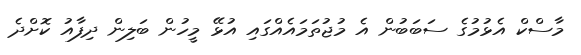
މާސްކް އެޅުމުގެ ސަބަބުން އެ މުޖުތަމައެއްގައި އުޅޭ މީހުން ބަލިން ދިފާއު ކޮށްދެ